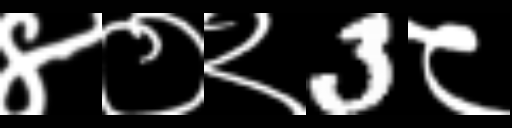
Text: ४०२3८